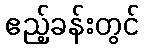
ဧည့်ခန်းတွင်